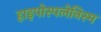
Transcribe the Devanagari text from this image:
हाइपोस्पलेनिस्म